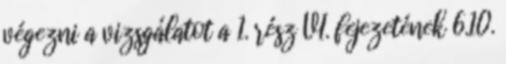
végezni a vizsgálatot a 1. rész VI. fejezetének 6.10.